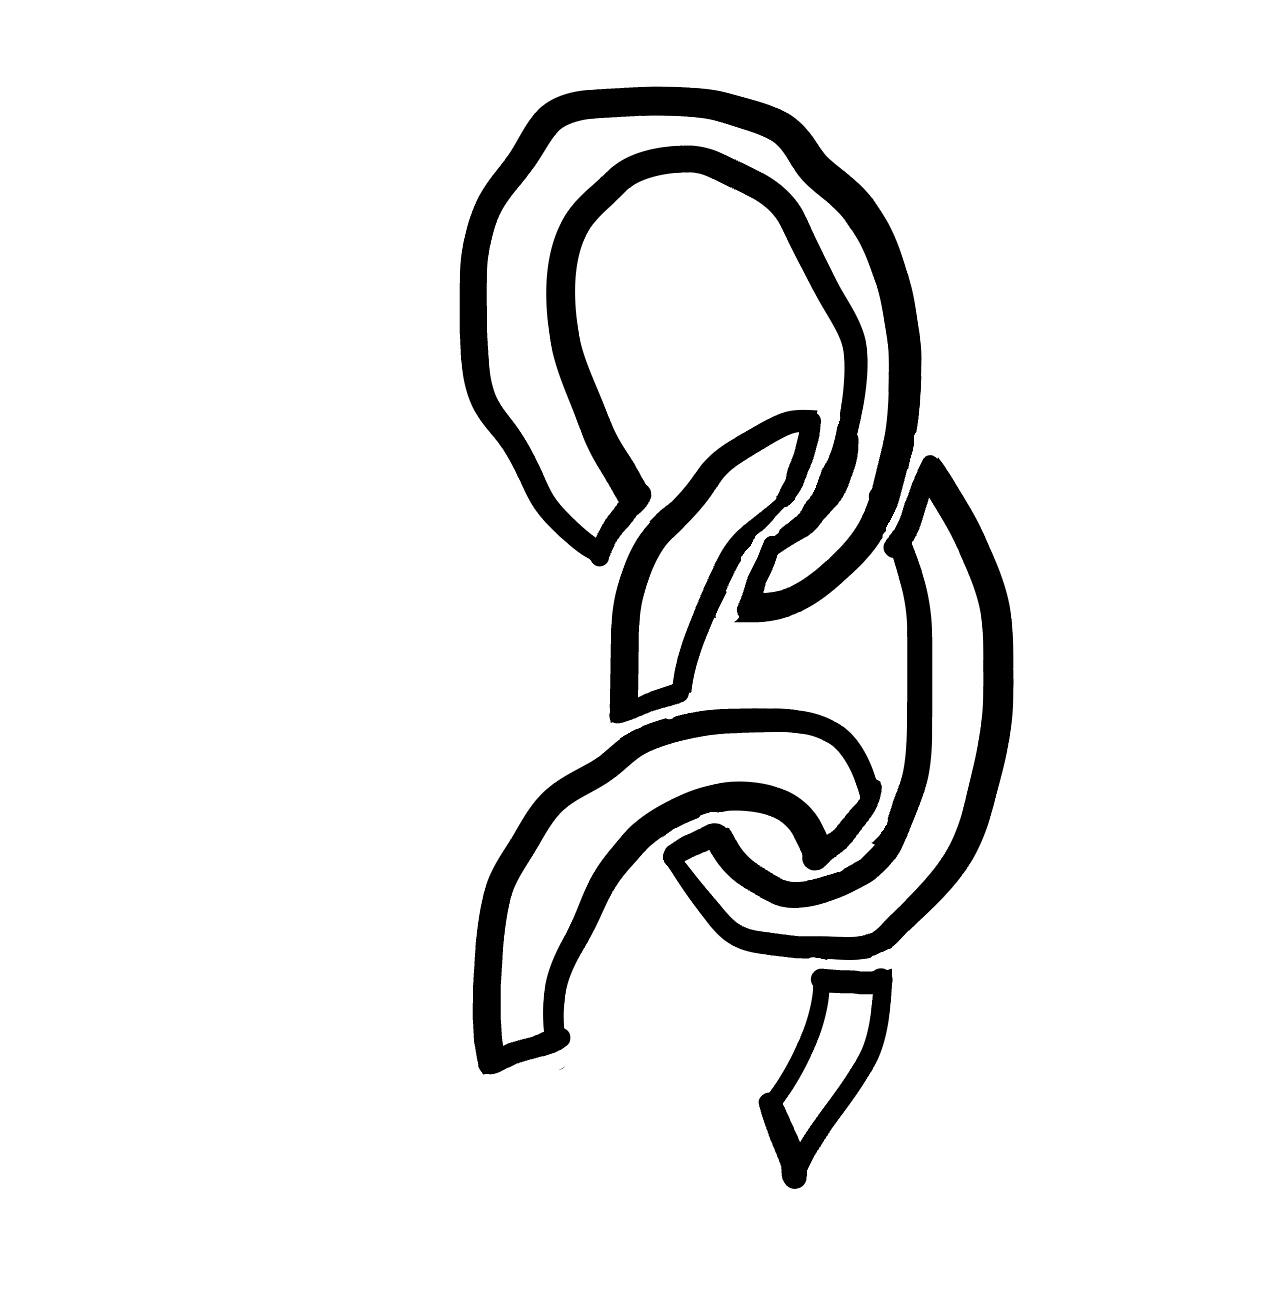
Number of regions (including the outer root region): 6
Containment tree edges (parent, child): 0, 1, 0, 2, 0, 3, 0, 4, 0, 5